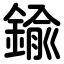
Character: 鍮